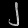
Digit: ၂